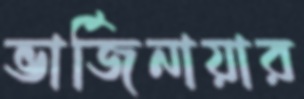
ভার্জিনায়ার